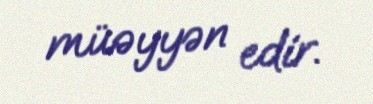
müəyyən edir.